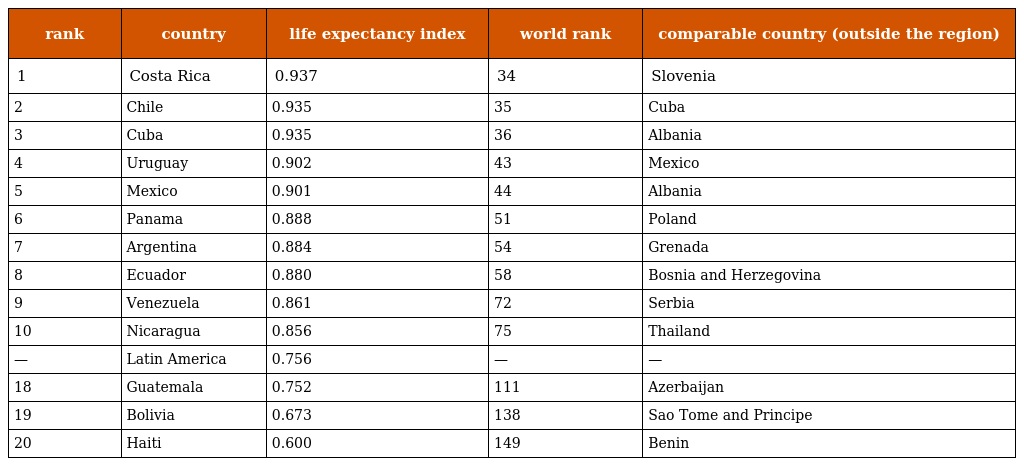
| rank | country | life expectancy index | world rank | comparable country (outside the region) |
 | --- | --- | --- | --- | --- |
 | 1 | Costa Rica | 0.937 | 34 | Slovenia |
 | 2 | Chile | 0.935 | 35 | Cuba |
 | 3 | Cuba | 0.935 | 36 | Albania |
 | 4 | Uruguay | 0.902 | 43 | Mexico |
 | 5 | Mexico | 0.901 | 44 | Albania |
 | 6 | Panama | 0.888 | 51 | Poland |
 | 7 | Argentina | 0.884 | 54 | Grenada |
 | 8 | Ecuador | 0.880 | 58 | Bosnia and Herzegovina |
 | 9 | Venezuela | 0.861 | 72 | Serbia |
 | 10 | Nicaragua | 0.856 | 75 | Thailand |
 | — | Latin America | 0.756 | — | — |
 | 18 | Guatemala | 0.752 | 111 | Azerbaijan |
 | 19 | Bolivia | 0.673 | 138 | Sao Tome and Principe |
 | 20 | Haiti | 0.600 | 149 | Benin |